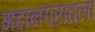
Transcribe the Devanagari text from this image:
महानगरातला